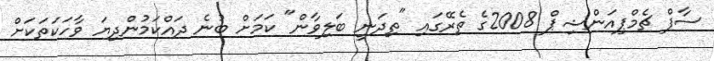
ސާފް ޗެމްޕިއަންޝިޕް 2008ގެ ތެރޭގައި "ތިދަނީ ބަލިވާން" ކަމަށް ބުނެ ދައްކަމުންދިޔަ ވާހަކަތަކަށް